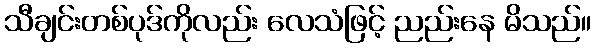
သီချင်းတစ်ပုဒ်ကိုလည်း လေသံဖြင့် ညည်းနေ မိသည်။